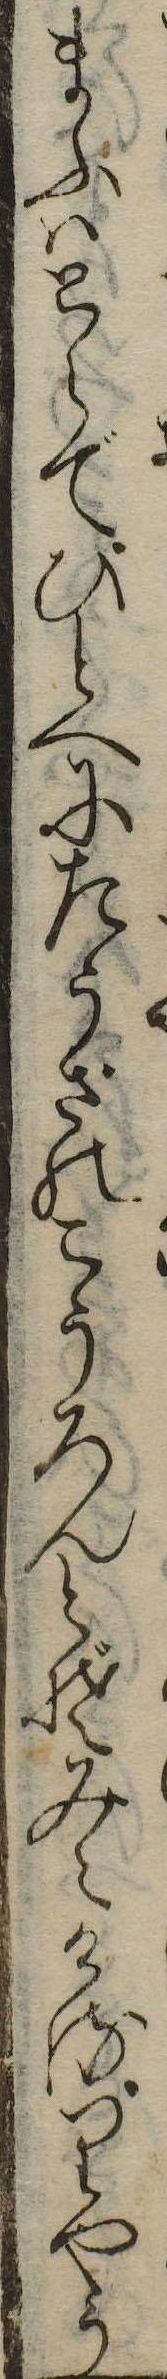
まふはとらでひとへにたうざのこうろんとぞみえけるりやう